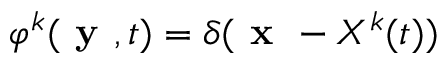
\varphi ^ { k } ( \textbf { y } , t ) = \delta ( \textbf { x } - X ^ { k } ( t ) )